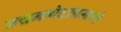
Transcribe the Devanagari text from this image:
वचनभेदाप्रमाणे